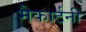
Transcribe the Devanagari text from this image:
मैकार्टनी